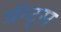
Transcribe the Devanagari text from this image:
ग्रॅन्ट्‍स